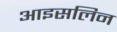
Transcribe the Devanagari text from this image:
आइसलिन